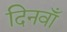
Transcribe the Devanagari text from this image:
दिनवाँ